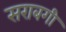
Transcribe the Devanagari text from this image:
सराबगी